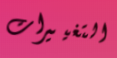
التغييرات